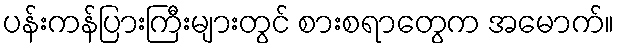
ပန်းကန်ပြားကြီးများတွင် စားစရာတွေက အမောက်။